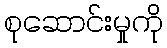
စုဆောင်းမှုကို